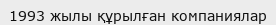
1993 жылы құрылған компаниялар